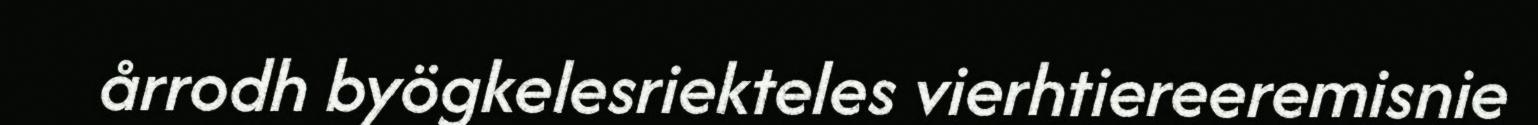
årrodh byögkelesriekteles vierhtiereeremisnie